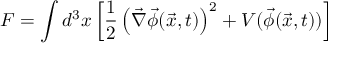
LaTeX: F = \int d ^ { 3 } x \left[ \frac { 1 } { 2 } \left( \vec { \nabla } \vec { \phi } ( \vec { x } , t ) \right) ^ { 2 } + V ( \vec { \phi } ( \vec { x } , t ) ) \right]